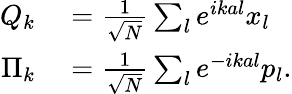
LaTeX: \begin{array}{rl}{Q_{k}}&{{}={\frac{1}{\sqrt{N}}}\sum_{l}e^{ikal}x_{l}}\\ {\Pi_{k}}&{{}={\frac{1}{\sqrt{N}}}\sum_{l}e^{-ikal}p_{l}.}\end{array}